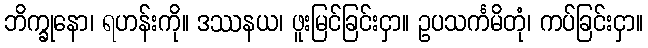
ဘိက္ခုနော၊ ရဟန်းကို။ ဒဿနယ၊ ဖူးမြင်ခြင်းငှာ။ ဥပသင်္ကမိတုံ၊ ကပ်ခြင်းငှာ။